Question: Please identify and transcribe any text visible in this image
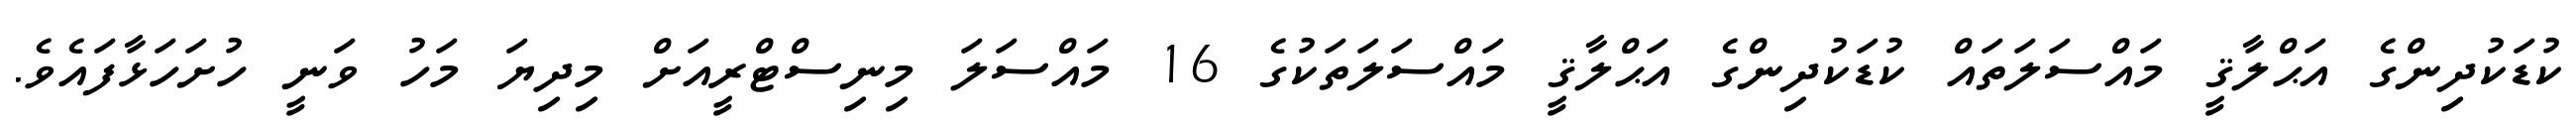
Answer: ކުޑަކުދިންގެ އަޙްލާޤީ މައްސަލަތައް ކުޑަކުދިންގެ އަޙްލާޤީ މައްސަލަތަކުގެ 16 މައްސަލަ މިނިސްޓްރީއަށް މިދިޔަ މަހު ވަނީ ހުށަހަޅާފައެވެ.